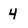
Character: 4